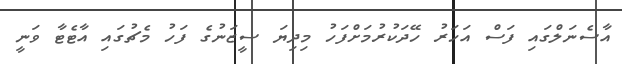
އާސެނަލްގައި ފަސް އަހަރު ހޭދަކުރުމަށްފަހު މިދިޔަ ސީޒަނުގެ ފަހު މެޗުގައި އާޓެޓާ ވަނީ